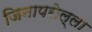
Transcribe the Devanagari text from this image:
जिनापसेल्ला